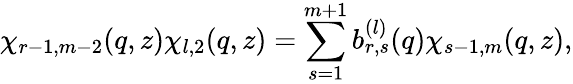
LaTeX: \chi_{r-1,m-2}(q,z)\chi_{l,2}(q,z)=\sum_{s=1}^{m+1}b_{r,s}^{(l)}(q)\chi_{s-1,m}(q,z),